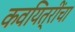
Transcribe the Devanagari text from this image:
कवयित्रींचा